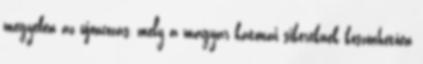
megyében az újoncozás, mely a magyar katonai sikereknek köszönhetően